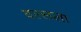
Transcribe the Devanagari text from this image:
वल्‍सला